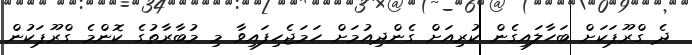
ދެ ގްރޫޕަކަށް ބަހާލައިގެން ކުރިއަށް ގެންދިއުމަށް ހަމަޖެހިފައިވާ މި މުބާރާތުގެ ކޮންމެ ގްރޫޕަކުން